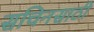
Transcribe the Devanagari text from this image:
सचिनसाठी